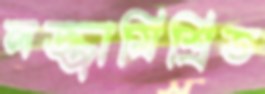
লজ্জামিশ্রিত